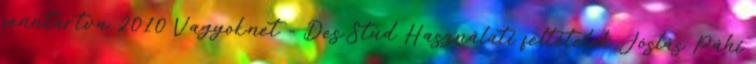
fenntartva 2010 Vagyok.net - Des.Stud Használati feltételek Jóslás Páhi